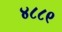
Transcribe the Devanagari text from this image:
४८८९